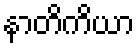
နာတိကိယာ